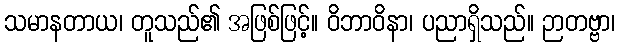
သမာနတာယ၊ တူသည်၏ အဖြစ်ဖြင့်။ ဝိဘာဝိနာ၊ ပညာရှိသည်။ ဉာတဗ္ဗာ၊